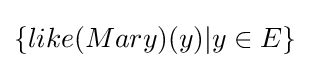
\{like(Mary)(y)|y\in E\}